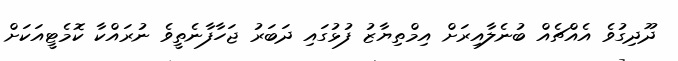
ދޫދިގުވެ އެއްޗެއް ބުނެލާއިރަށް އިމްތިޔާޒު ފުޅުގައި ދަބަރު ޖަހާފާނެތީވެ ނުރައްކާ ކޮމެޓީއަކަށް